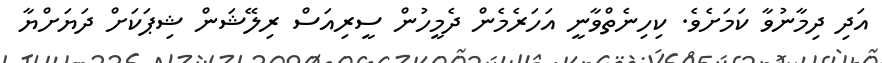
އަދި ދިމާނުވާ ކަމަށެވެ. ކިހިނެތްވާނީ އަހަރެމެން ދެމީހުން ސީރިއަސް ރިލޭޝަން ޝިޕަކަށް ދަޔަށްޔާ